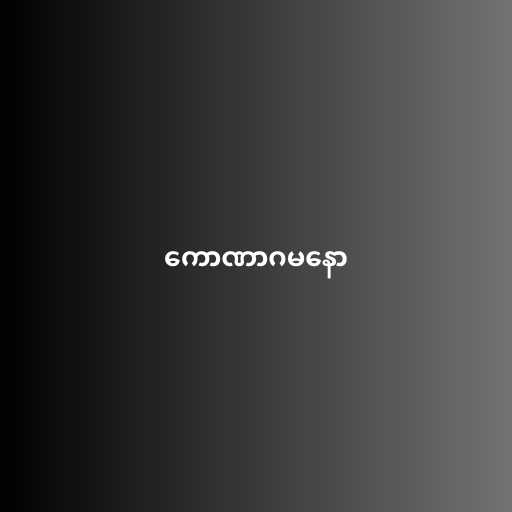
ကောဏာဂမနော